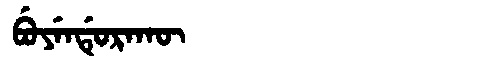
Manchu: ᠪᡠᠶᡝᠨᡩᡠᡵᠠᡴᡡ
Romanization: BUYENDURAKŪ